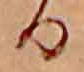
る